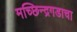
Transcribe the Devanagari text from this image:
मच्छिन्द्रगडाचा